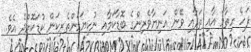
ފަހެ ހިތާމަ އާއި ތަދާއި ވޭން އަނިޔާވެރިންގެ ބޮޑާކަމާއި ނުކިޔަމަންތެރިކަން ކުޑަކޮށްދެ އެވެ.